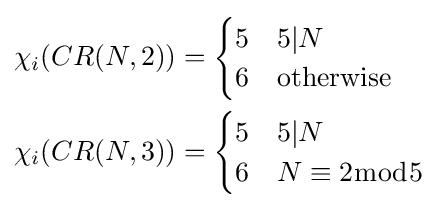
{\begin{aligned}\chi _{i}(CR(N,2))&={\begin{cases}5&5|N\\6&{\text{otherwise}}\end{cases}}\\\chi _{i}(CR(N,3))&={\begin{cases}5&5|N\\6&N\equiv 2{\bmod {5}}\end{cases}}\end{aligned}}